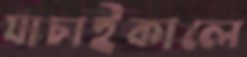
যাচাইকালে